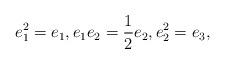
LaTeX: \begin{align*}e_1^2=e_1, e_1e_2=\frac{1}{2}e_2, e_2^2= e_3,\end{align*}